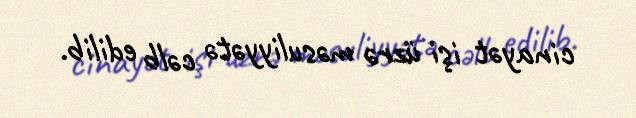
cinayət işi üzrə məsuliyyətə cəlb edilib.